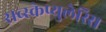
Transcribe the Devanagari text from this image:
सब्स्केप्युलेरिस